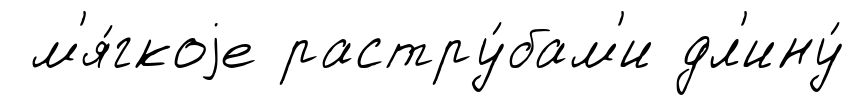
м'я́гкоjе растру́бам'и дл'ину́